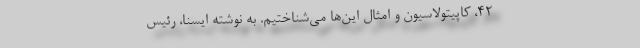
42، کاپیتولاسیون و امثال این‌ها می‌شناختیم. به نوشته ایسنا، رئیس